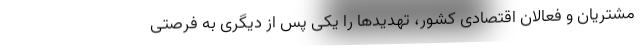
مشتریان و فعالان اقتصادی کشور، تهدیدها را یکی پس از دیگری به فرصتی